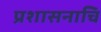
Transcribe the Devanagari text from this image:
प्रशासनाचि